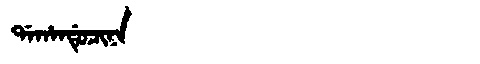
Manchu: ᡩᠠᡥᠠᠨᡩᡠᠴᡳᠨᠠ
Romanization: DAHANDUCINA